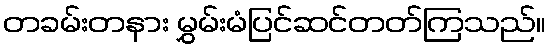
တခမ်းတနား မွှမ်းမံပြင်ဆင်တတ်ကြသည်။